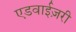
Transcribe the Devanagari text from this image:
एडवाईज़री